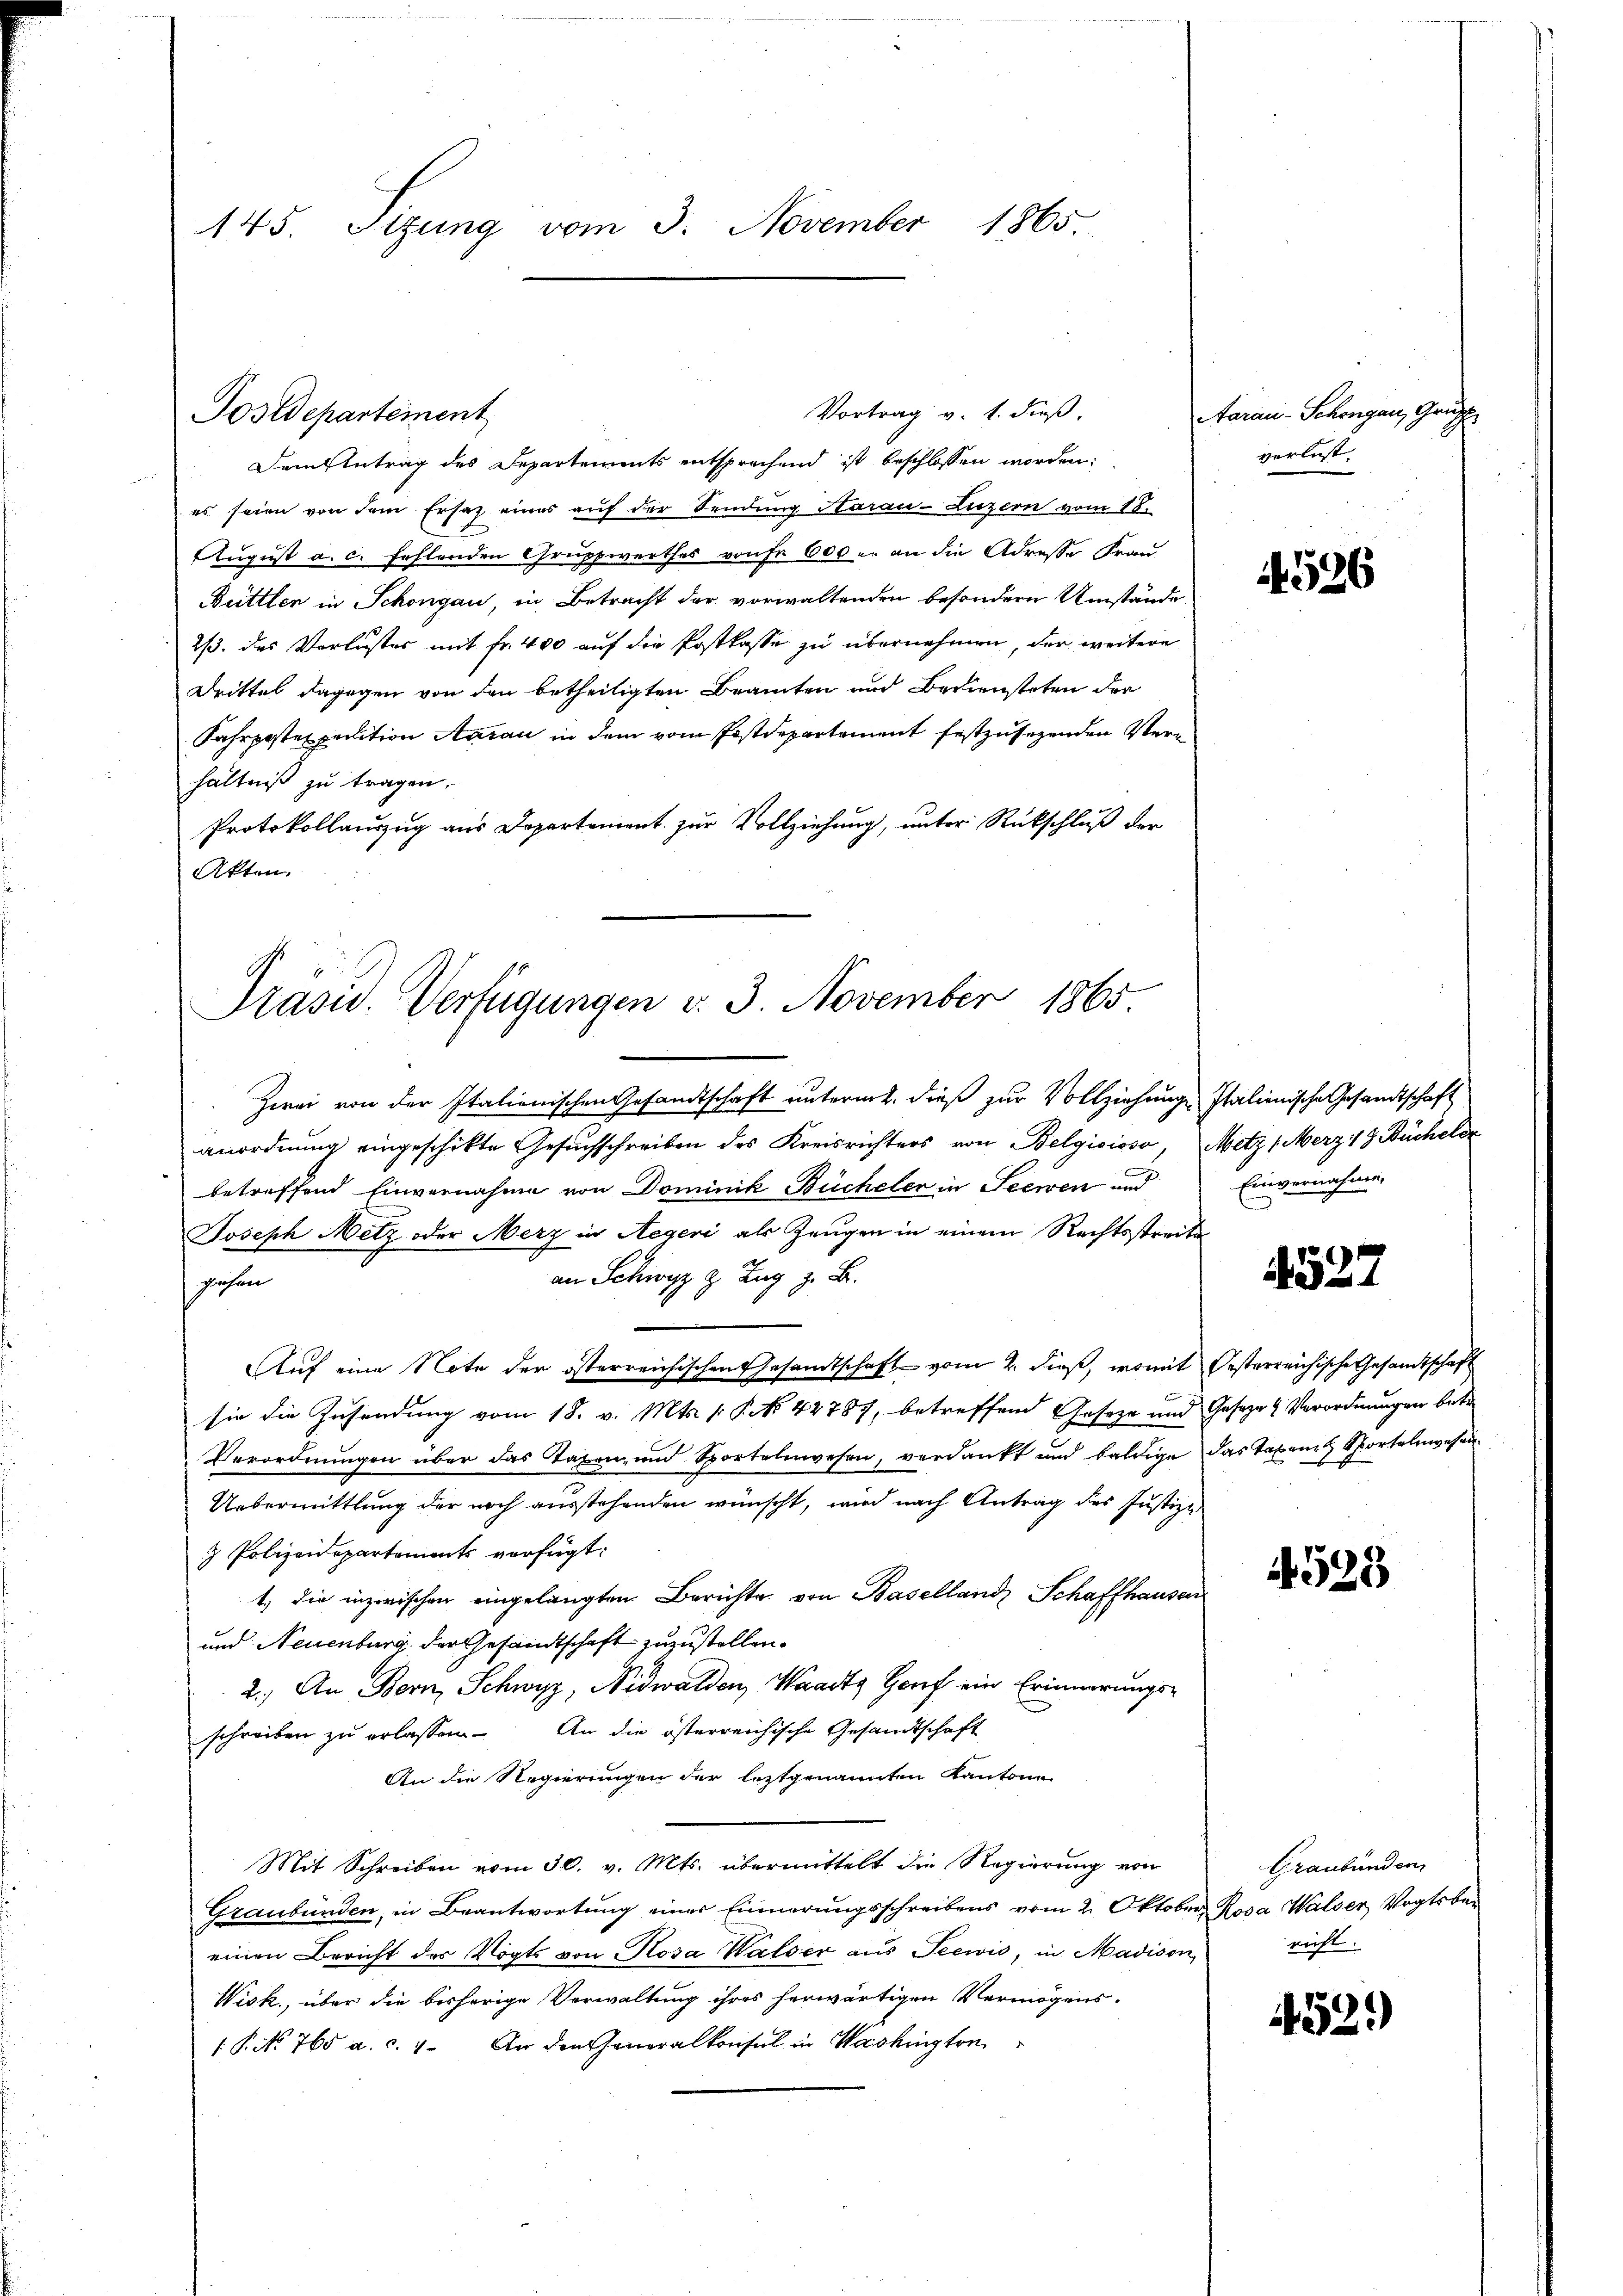
145. Sizung vom 3. November 1865

Vortrag v. 1. dieß.
Dem Antrag des Departements entsprechend ist beschlossen worden:
es seien von dem Ersatz eines auf der Sendung Harau-Luzern vom 18.
August a. c. fehlenden Gruppwerthes von Fr. 600 er an die Adresse Frau
Büttlen in Schöngau, in Betracht der vorwaltenden besondern Umstände
2/3. des Verluster mit Fr. 400 auf die Postkasse zu übernehmen, der weitere
Drittel dagegen von den betheiligten Beamten und Bediensteten der
Fahrpostexpedition Aarau in dem vom Postdepartement festzusehenden Verhältniß zu tragen.
Protokollauszug aus Departement zur Vollziehung, unter Rückschluß der
Akten.

Postdepartement

Präsid. Verfügungen v. 3. November 1865

Zwei von der Italienischen Gesandtschaft unterm 2. dieß zur Vollziehung Italienische Gesandtschaft
anordnung eingeschikte Gesuchschreiben des Kreisrichters von Belgisisso, Metz (Merz 18 Büchelse
betreffend Einvernahme von Dominik Bücheler in Seewen und
Joseph Metz oder Merz in Aegeri als Zeugen in einem Rechtsstreite
 Zug z. B.
gehen
Auf eine Note der österreichischen Gesandtschaft vom 2. dieß, womit Oesterreichische Gesandtschaft
sie die Zusendung vom 18. v. Mts. 1 P. No. 42787, betreffend Geseze und Geseze & Verordnungen betr
Verordnungen über das Taxen, und Sportelnwesen, verdankt und baldige das Taxen Sportenwesen
Uebermittlung der noch ausstehenden wünscht, wird nach Antrag des Justiz-
 Polizeidepartements verfügt:
1. die inzwischen eingelangten Berichte von Baselland Schaffhausen
und Neuenburg der Gesandtschaft zuzustellen.
2.) An Bern, Schwyz, Nidwalden, Waadt Genf ein Erinnerungs-
schreiben zu erlassen. An die österreichische Gesandtschaft
An die Regierungen der leztgenannten Kantone
Mit Schreiben vom 30. v. Mts. übermittelt die Regierung von
Graubünden, in Beantwortung einer Einnerungsschreibens vom 2. Oktober. Rosa Walser Vogtber
einen Bericht des Vogts von Rosa Walser aus Seewis, in Madison,
Wisk., über die bisherige Verwaltung ihres herwärtigen Vermögens¬
1 No 768 a. c. 1. An den Generalkonsul in Washington

Aarau - Schongau, Gruf
verlust.

4526

Einvernahmen

4527

4529

Graubünder
nicht.

4529)